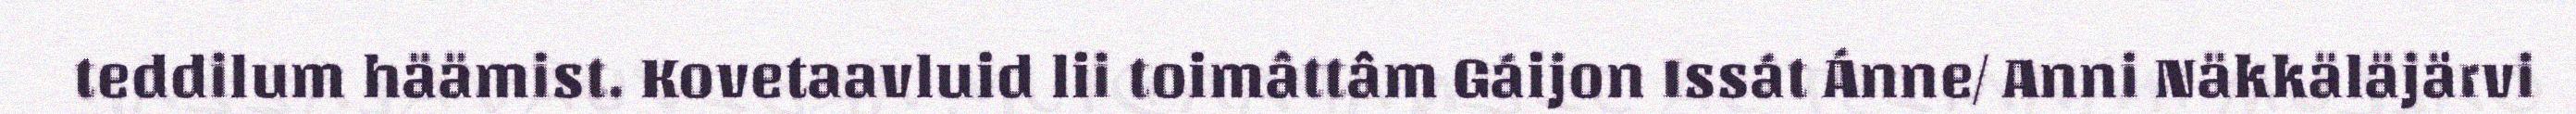
teddilum häämist. Kovetaavluid lii toimâttâm Gáijon Issát Ánne/ Anni Näkkäläjärvi